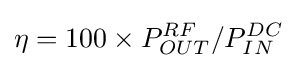
\eta =100\times {P_{OUT}^{RF}}/{P_{IN}^{DC}}